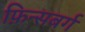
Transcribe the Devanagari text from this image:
फ़िन्सबर्ग